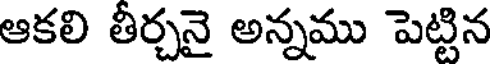
ఆకలి తీర్చనై అన్నము పెట్టిన